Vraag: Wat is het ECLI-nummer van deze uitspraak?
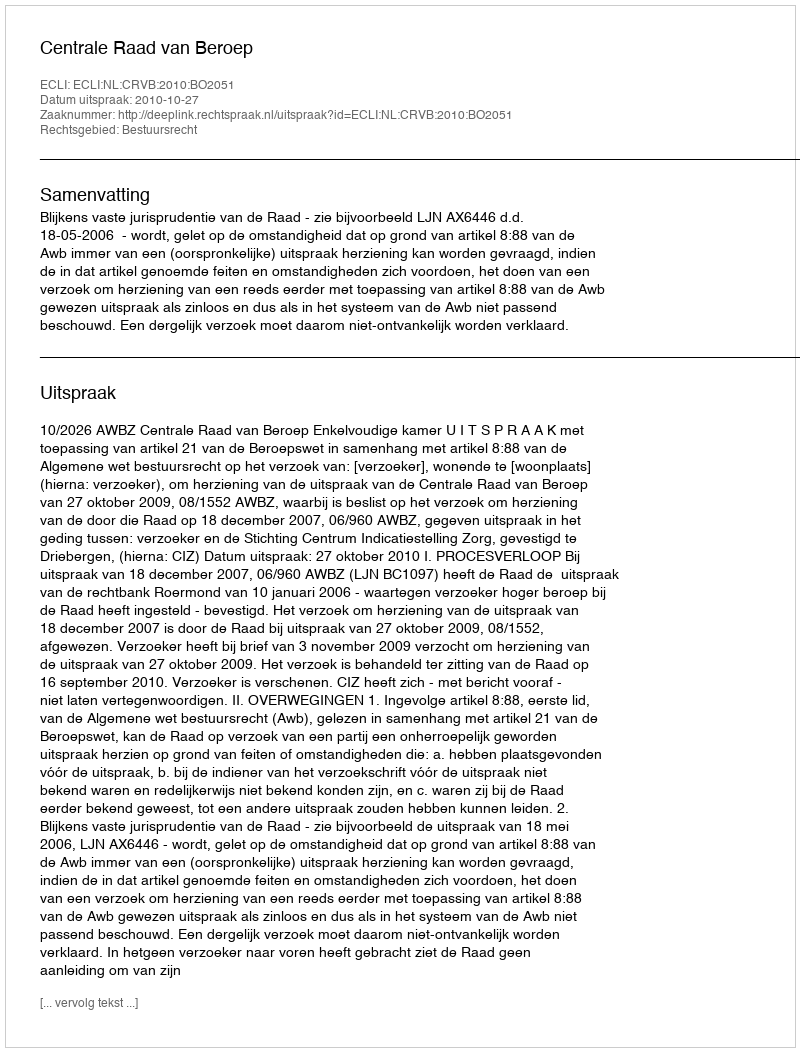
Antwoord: ECLI:NL:CRVB:2010:BO2051